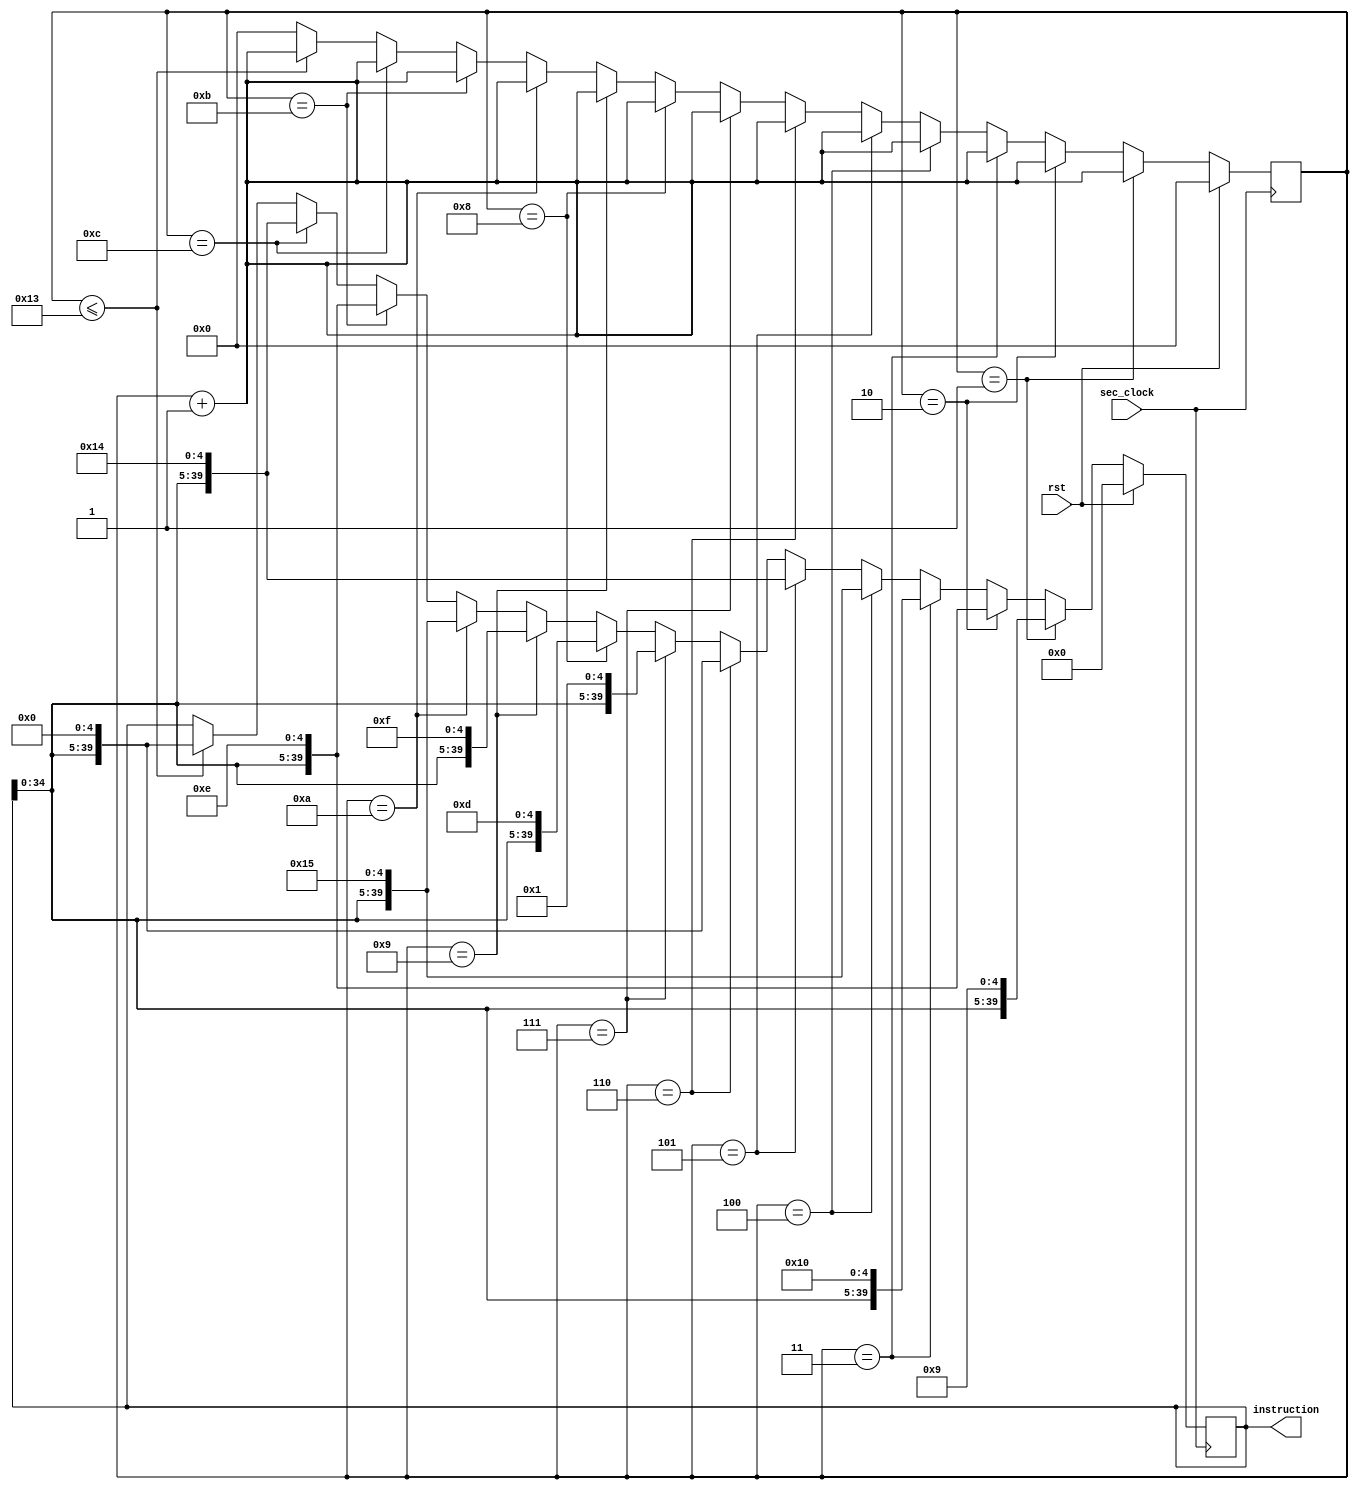
`timescale 1ns / 1ps
//////////////////////////////////////////////////////////////////////////////////
// Company: 
// Engineer: 
// 
// Design Name: 
// Module Name: inst_enter_amount
// Project Name: 
// Target Devices: 
// Tool Versions: 
// Description: 
// 
// Dependencies: 
// 
// Revision:
// Revision 0.01 - File Created
// Additional Comments:
// 
//////////////////////////////////////////////////////////////////////////////////


module inst_enter_amount(
    input sec_clock,
    input rst,
    output [39:0] instruction
    );
    
    reg[39:0] temp = 40'b0000000000000000000000000000000000000000;
    reg[7:0] count;
    
    
    always@(posedge sec_clock)
    begin
        if (rst == 1)
        begin
            count <= 0;
            temp = 40'b0000000000000000000000000000000000000000;
        end
        else
        begin
            count <= count + 1;
            if (count == 1)
            begin
                temp = { temp[34:0], 5'b01001};
            end
            else if (count == 2)
            begin
                temp = { temp[34:0], 5'b01110};
            end
            else if (count == 3)
            begin
                temp = { temp[34:0], 5'b10000};
            end
            else if (count == 4)
            begin
                temp = { temp[34:0], 5'b10101};
            end
            else if (count == 5)
            begin
                temp = { temp[34:0], 5'b10100};
            end
            else if (count == 6)
            begin
                temp = { temp[34:0], 5'b00000};
            end
            else if (count == 7)
            begin
                temp = { temp[34:0], 5'b00001};
            end
            else if (count == 8)
            begin
                temp = { temp[34:0], 5'b01101};
            end
            else if (count == 9)
            begin
                temp = { temp[34:0], 5'b01111};
            end
            else if (count == 10)
            begin
                temp = { temp[34:0], 5'b10101};
            end
            else if (count == 11)
            begin
                temp = { temp[34:0], 5'b01110};
            end
            else if (count == 12)
            begin
                temp = { temp[34:0], 5'b10100};
            end
            else
            begin
                if( count<= 19)
                    temp <= { temp[34:0],5'b00000};
                else
                    count <= 0;
            end
        end
    end
    
    assign instruction = temp;
endmodule